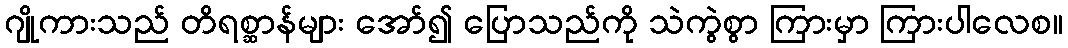
ဂျိုကားသည် တိရစ္ဆာန်များ အော်၍ ပြောသည်ကို သဲကွဲစွာ ကြားမှာ ကြားပါလေစ။